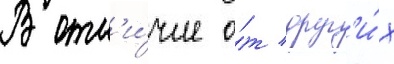
В отл'и́чие о́т друг'и́х